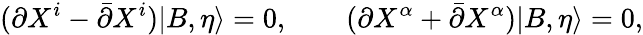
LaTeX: (\partial X^{i}-\bar{\partial}X^{i})|B,\eta\rangle=0,\qquad(\partial X^{\alpha}+\bar{\partial}X^{\alpha})|B,\eta\rangle=0,